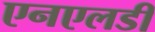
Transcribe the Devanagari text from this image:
एनएलडी